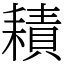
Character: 耫